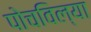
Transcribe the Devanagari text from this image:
पोचविल्या